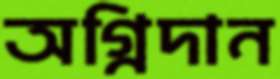
অগ্নিদান